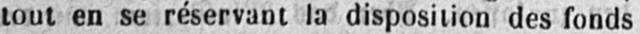
tout en se réservant la disposition des fonds